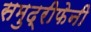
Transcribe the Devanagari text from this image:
समुद्रीफेनी